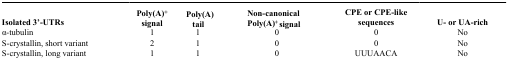
| Isolated 3’-UTRs | Poly(A)+ signal | Poly(A) tail | Non-canonical Poly(A)+ signal | CPE or CPE-like sequences | U- or UA-rich |
 | --- | --- | --- | --- | --- | --- |
 | α-tubulin | 1 | 1 | 0 | 0 | No |
 | S-crystallin, short variant | 2 | 1 | 0 | 0 | No |
 | S-crystallin, long variant | 1 | 1 | 0 | UUUAACA | No |